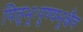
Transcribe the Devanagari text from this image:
पितृभूःपुण्यभूश्चैव